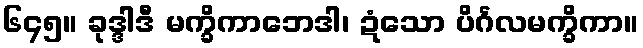
၆၄၅။ ခုဒ္ဒါဒီ မက္ခိကာဘေဒါ၊ ဍံသော ပိင်္ဂလမက္ခိကာ။